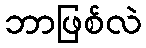
ဘာဖြစ်လဲ